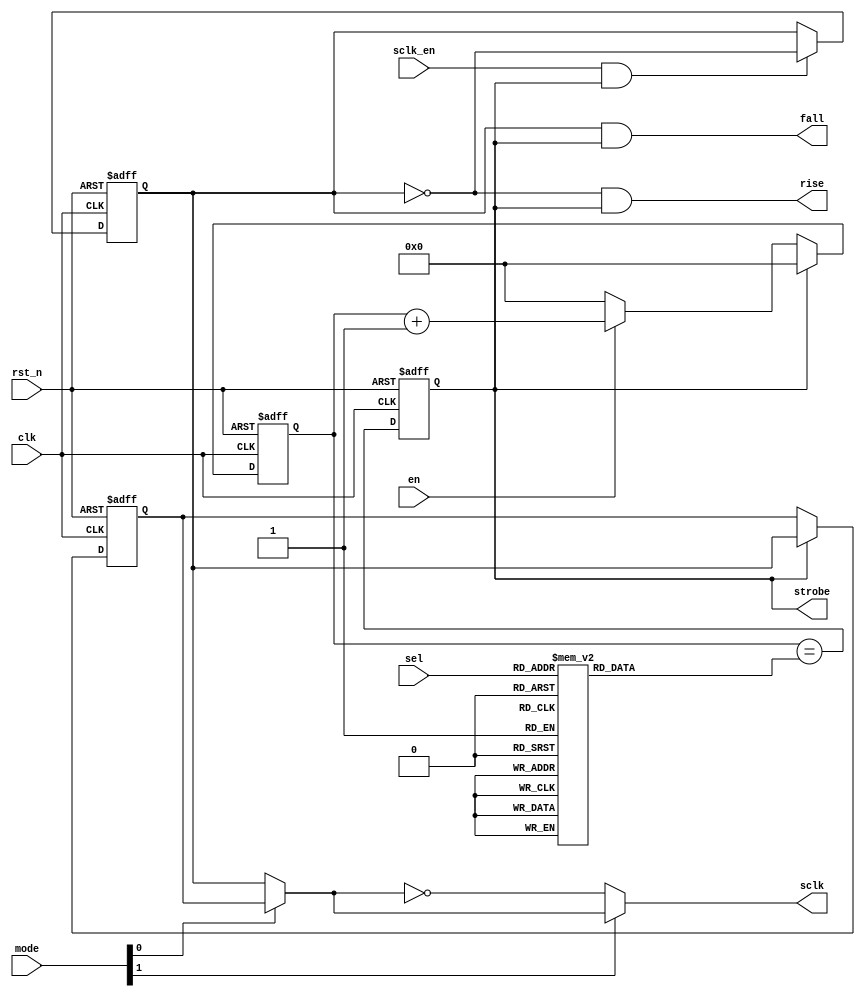
// ------------
// BAUD RATE GENERATOR for SPI Master module
//
// Create SPI clock, rise and fall pulses for data shifting
//
// Tout = (x + 2) * 2 * Tin.
//    Tout - output clock period (ns),
//    Tin  - input clock period (ns),
//    x    - code, that selected by SEL;
//
// Table for selected X :
//  ------------------------------------------------------
// | SEL: | 000 | 001 | 010 | 011 | 100 | 101 | 110 | 111 |
//  ------------------------------------------------------
// | X  : |   1 |   8 |  16 |  24 |  32 |  40 |  48 |  63 |
//  ------------------------------------------------------
//
// For example, when Tin = 20ns (it's 50MHz), then:
//              if SEL = 3'b000 (x =  1), Tout = (1 + 2) * 2 * 20 = 120ns (~8,3(3) MHz)
//              if SEL = 3'b001 (x =  8), Tout =  400ns (~2,5    MHz),
//              if SEL = 3'b010 (x = 16), Tout =  720ns (~1,3(8) MHz),
//              if SEL = 3'b011 (x = 24), Tout = 1040ns (~0,961  MHz),
//              if SEL = 3'b100 (x = 32), Tout = 1360ns (~0,735  MHz),
//              if SEL = 3'b101 (x = 40), Tout = 1680ns (~0,595  MHz),
//              if SEL = 3'b110 (x = 48), Tout = 2000ns (~0,500  MHz),
//              if SEL = 3'b111 (x = 63), Tout = 2600ns (~0,385  MHz),
//
// ------------
module baud_rate_gen
(
 // SYSTEM SIGNALS
 input       rst_n,   // global reset
 input       clk,     // global clock

 // CONTROL INPUTS
 input       en,      // enable for strobe generate
 input [1:0] mode,    // SPI transceiver mode selector
 input [2:0] sel,     // baud rate selector
 input       sclk_en, // enable for generate SCLK by strobe

 // CONTROL OUTPUTS
 output      strobe,  // every change SCLK pulse
 output      rise,    // rise front SCLK
 output      fall,    // fall fron SCLK
 
 // SPI INTERFACE
 output      sclk     // SCLK
 );

  // ------------
  // Internal wires
  wire       cpol;    // clock polarity (selected SPI mode)
  wire       cpha;    // clock phase    (selected SPI mode)
  wire       ref_clk; // reference (gold) clock for generate SCLK

  // ------------
  // Internal registers
  reg [5:0] cnt, cnt_nxt; // simple counter
  reg [5:0] sel_cnt;      // selected counter number (for freq)
  reg       clk_en;       // strobe for generate reference clock
  reg       ref_cpha_0;   // reference 50% duty cycle clock by selected strobes (pha = 0)
  reg       ref_cpha_1;   // reference 50% duty cycle clock by selected strobes (pha = 1)
  
  // ------------
  // MODULE IMPLEMENTATION
  // ------------

  // ------------
  // Useful assigns
  assign cpol = mode[1];
  assign cpha = mode[0];

  // ------------
  // COUNTER FOR CLOCK DIVIDE
  always @ ( posedge clk or negedge rst_n ) begin
    if ( rst_n == 1'b0 ) begin
      cnt <= 6'h0;
    end else begin
      cnt <= cnt_nxt;
    end
  end // always @ ( posedge clk or negedge rst_n ) 

  always @ ( * ) begin
    if ( clk_en      ) begin
      cnt_nxt = 6'h0;
    end else if ( en ) begin
      cnt_nxt = cnt + 3'b1;
    end else begin
      cnt_nxt = 6'h0;
    end
  end // always @ ( * )
  // ------------

  // ------------
  // SELECT FREQ AND CREATE STROBE (clk_en)
  always @ ( * ) begin
    case ( sel )
      3'b000  : sel_cnt = 6'd1; 
      3'b001  : sel_cnt = 6'd8; 
      3'b010  : sel_cnt = 6'd16;
      3'b011  : sel_cnt = 6'd24;
      3'b100  : sel_cnt = 6'd32;
      3'b101  : sel_cnt = 6'd40;
      3'b110  : sel_cnt = 6'd48;
      3'b111  : sel_cnt = 6'd63;
      default : sel_cnt = 6'd0;
    endcase // case ( sel )
  end // always @ ( * )

  always @ ( posedge clk or negedge rst_n ) begin
    if ( rst_n == 1'b0 ) begin
      clk_en <= 1'b0;
    end else begin
      clk_en <= (cnt == sel_cnt);
    end
  end // always @ ( posedge clk or negedge rst_n )

  assign strobe = clk_en;
  // ------------

  // ------------
  // REFERENCE CLOCK GENERATE FOR EVERY PHASE MODE
  always @ ( posedge clk or negedge rst_n ) begin
    if ( rst_n == 1'b0 ) begin
      ref_cpha_0 <= 1'b0;
    end else if ( sclk_en && strobe ) begin
      ref_cpha_0 <= !ref_cpha_0;
    end
  end // always @ ( posedge clk or negedge rst_n )

  always @ ( posedge clk or negedge rst_n ) begin
    if ( rst_n == 1'b0 ) begin
      ref_cpha_1 <= 1'b0;
    end else if ( strobe ) begin
      ref_cpha_1 <= ref_cpha_0;
    end
  end // always @ ( posedge clk or negedge rst_n )
  // ------------

  // ------------
  // SPI CLOCK GENERATE
  assign ref_clk = cpha ? ref_cpha_1 : ref_cpha_0;
  assign sclk    = cpol ? ref_clk : !ref_clk;
  assign fall    =  ref_cpha_0 && strobe;
  assign rise    = !ref_cpha_0 && strobe;
  // ------------

endmodule // baud_rate_gen
// ------------